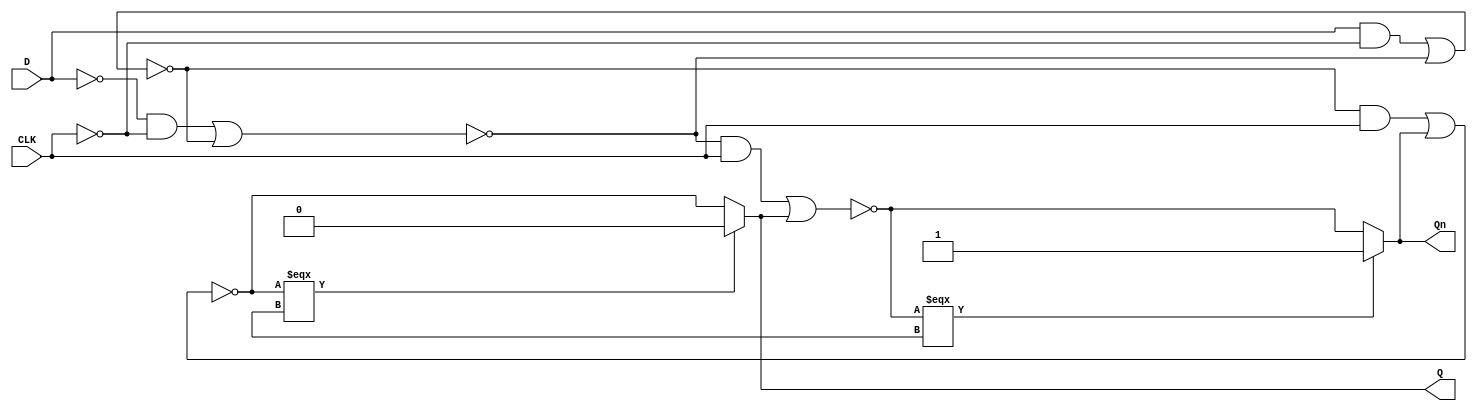
module DFF(D, CLK, Q, Qn);
input D, CLK;
output Q, Qn;
wire CLKn, Qi, Qni, Dn;
wire w0, w1, w2, w3, w4, w5;

not inv(CLKn, CLK);
not inv1(Dn, D);

and n0(w0, D, CLKn);
and n1(w1, Dn, CLKn);
nor n2(w2, w0, w3);
nor n3(w3, w1, w2);
and n4(w4, w2, CLK);
and n5(w5, w3, CLK);
nor n6(Qi, w4, Qn);
nor n7(Qni, w5, Q);

assign Q = (Qi === 1'bX) ? 1'b0 : Qi;
assign Qn = (Qni === 1'bX) ? 1'b1 : Qni;

endmodule